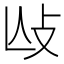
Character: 𢻲